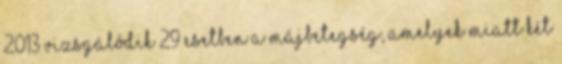
2013 vizsgálódik 29 esetben a májbetegség, amelyek miatt két